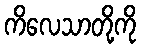
ကိလေသာတို့ကို